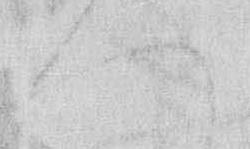
へ